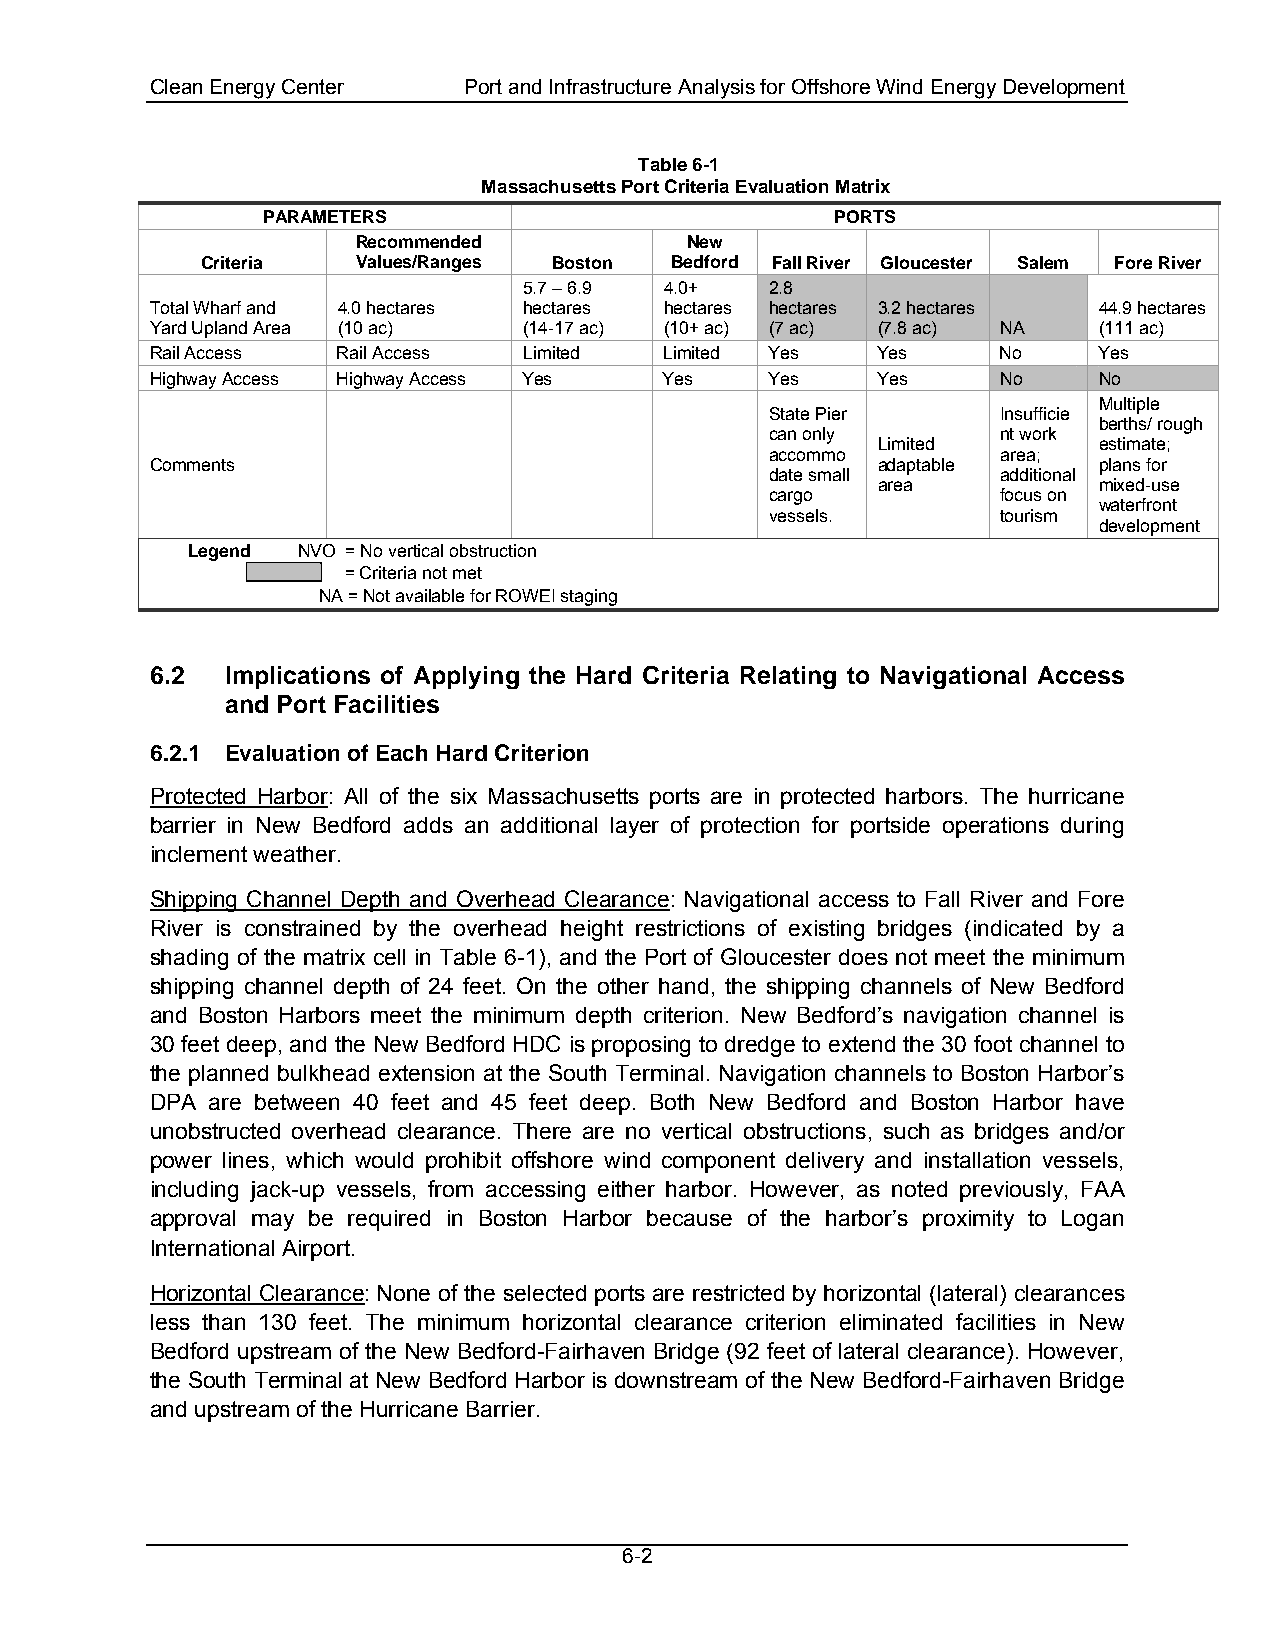
Clean Energy Center  Port and Infrastructure Analysis for Offshore Wind Energy Development
 Table 6-1
 Massachusetts Port Criteria Evaluation Matrix
 PARAMETERS                            PORTS
 Recommended          New
 Criteria   Values/Ranges Boston Bedford Fall River Gloucester Salem Fore River
 5.7 – 6.9 4.0+  2.8
 Total Wharf and 4.0 hectares hectares hectares hectares 3.2 hectares 44.9 hectares
 Yard Upland Area (10 ac) (14-17 ac) (10+ ac) (7 ac) (7.8 ac) NA (111 ac)
 Rail Access Rail Access  Limited  Limited Yes   Yes     No     Yes
 Highway Access Highway Access Yes Yes    Yes    Yes     No     No
 Multiple
 State Pier     Insufficie
 berths/ rough
 can only       nt work
 Limited        estimate;
 accommo        area;
 Comments                                        adaptable      plans for
 date small     additional
 area           mixed-use
 cargo          focus on
 waterfront
 vessels.       tourism
 development
 Legend  NVO = No vertical obstruction
 = Criteria not met
 NA = Not available for ROWEI staging
 6.2  Implications of Applying the Hard Criteria Relating to Navigational Access
 and Port Facilities
 6.2.1 Evaluation of Each Hard Criterion
 Protected Harbor: All of the six Massachusetts ports are in protected harbors. The hurricane
 barrier in New Bedford adds an additional layer of protection for portside operations during
 inclement weather.
 Shipping Channel Depth and Overhead Clearance: Navigational access to Fall River and Fore
 River is constrained by the overhead height restrictions of existing bridges (indicated by a
 shading of the matrix cell in Table 6-1), and the Port of Gloucester does not meet the minimum
 shipping channel depth of 24 feet. On the other hand, the shipping channels of New Bedford
 and Boston Harbors meet the minimum depth criterion. New Bedford’s navigation channel is
 30 feet deep, and the New Bedford HDC is proposing to dredge to extend the 30 foot channel to
 the planned bulkhead extension at the South Terminal. Navigation channels to Boston Harbor’s
 DPA are between 40 feet and 45 feet deep. Both New Bedford and Boston Harbor have
 unobstructed overhead clearance. There are no vertical obstructions, such as bridges and/or
 power lines, which would prohibit offshore wind component delivery and installation vessels,
 including jack-up vessels, from accessing either harbor. However, as noted previously, FAA
 approval may be required in Boston Harbor because of the harbor’s proximity to Logan
 International Airport.
 Horizontal Clearance: None of the selected ports are restricted by horizontal (lateral) clearances
 less than 130 feet. The minimum horizontal clearance criterion eliminated facilities in New
 Bedford upstream of the New Bedford-Fairhaven Bridge (92 feet of lateral clearance). However,
 the South Terminal at New Bedford Harbor is downstream of the New Bedford-Fairhaven Bridge
 and upstream of the Hurricane Barrier.
 6-2